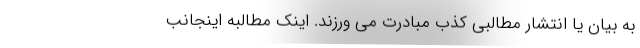
به بیان یا انتشار مطالبی کذب مبادرت می ورزند. اینک مطالبه اینجانب